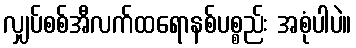
လျှပ်စစ်အီလက်ထရောနစ်ပစ္စည်း အစုံပါပဲ။